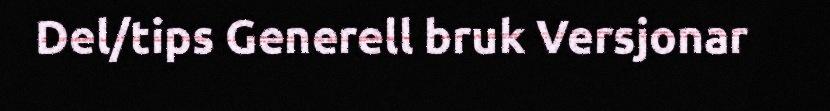
Del/tips Generell bruk Versjonar